Medical and sanitary report of the native army of Bengal for the year
Year: 1874
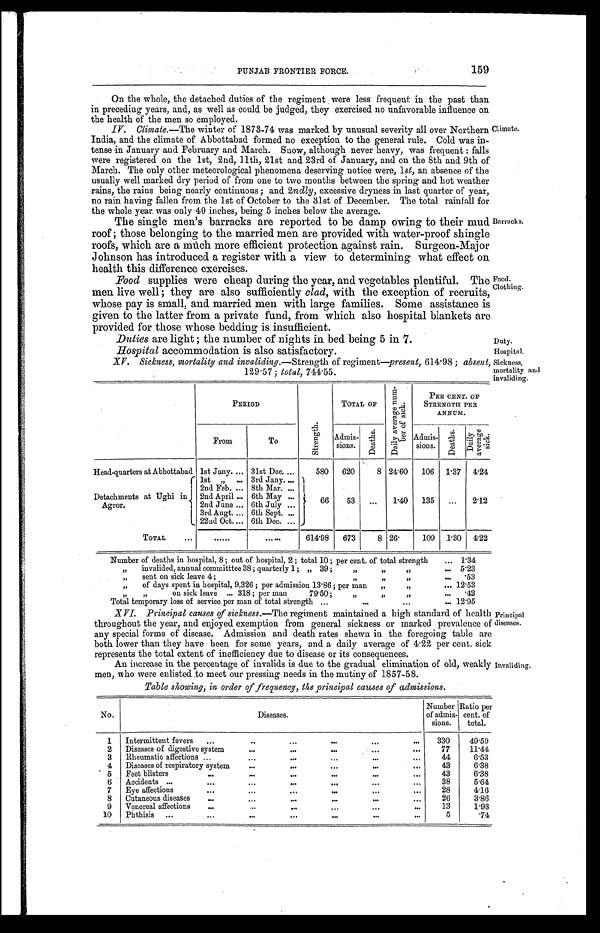
PUNJAB FRONTIER FORCE.
159
On the whole, the detached duties of the regiment were less frequent in the past than
in preceding years, and, as well as could be judged, they exercised no unfavorable influence on
the health of the men so employed.
IV. Climate. —The winter of 1873-74 was marked by unusual severity all over Northern
India, and the climate of Abbottabad formed no exception to the general rule. Cold was in
- t e n s e i n J a n u a r y a n d F e b r u a r y a n d M a r c h . S n o w , a l t h o u g h n e v e r h e a v y , w a s f r e q u e n t : f a l l s
were registered on the 1st, 2nd, 11th, 21st and 23rd of January, and on the 8th and 9th of
March. The only other meteorological phenomena deserving notice were, 1 st, an absence of the
usually well marked dry period of from one to two months between the spring and hot weather
rains, the rains being nearly continuous; and 2 ndly, excessive dryness in last quarter of year,
no rain having fallen from the 1st of October to the 31st of December. The total rainfall for
the whole year was only 40 inches, being 5 inches below the average.
The single men's barracks are reported to be damp owing to their mud
roof; those belonging to the married men are provided with water-proof shingle
roofs, which are a much more efficient protection against rain. Surgeon-Major
Johnson has introduced a register with a view to determining what effect on
health this difference exercises.
Food supplies were cheap during the year, and vegetables plentiful. The
men live well; they are also sufficiently clad, with the exception of recruits,
whose pay is small, and married men with large families. Some assistance
i s g i v e n t o t h e l a t t e r f r o m a p r i v a t e f u n d , f r o m w h i c h a l s o h o s p i t a l b l a n k e t s a r e
provided for those whose bedding is insufficient.
Duties are light; the number of nights in bed being 5 in 7.
Hospital accommodation is also satisfactory.
XV. Sickness, mortality and invaliding. —Strength of regiment—present, 614.98; absent,
129.57; total, 744.55.
Climate.
Barracks.
Food.
Clothing.
Duty.
Hospital.
Sickness,
mortality and
invaliding.
Invaliding.
PERIOD
S t r e n g t h .
TOTAL OF
D a i l y a v e r a g e n u m -
b e r o f s i c k .
PER CENT. OF
STRENGTH PER
ANNUM.
From
To
Admis-
sions.
Deat hs.
Admis-
sions.
Deat hs. Daily average sick.
H e a d - q u a r t e r s a t A b b o t t a b a d
1st Jany.
31st Dec.
580 620
8 24. 60
106 1.37 4.24
Detachments at Ughi in
Agror.
1st
„
3rd Jany.
66
53
1.40 135
2.12
2nd Feb.
8th Mar.
2nd April
6th May
2nd June 6th July
3rd Augt.
6th Sept.
22nd Oct.
6th Dec.
TOTAL
614. 98
673
8 26.
109 1.30 4. 22
Number of deaths in hospital, 8; out of hospital, 2; total 10; per cent. of total strength
1.34
„ invalided, annual committee 38; quarterly 1; „ 39;
„ „ „
5.23
„ sent on sick leave 4
; „ „ „
.53
„ of days spent in hospital, 9,326; per admission 13.86; per man
„ „
12.53
„ „on sick leave 318; per man 79.50;
„ „ „
. 4 2
Total temporary loss of service per man of total strength
12. 95
XVI. Principal causes of sickness.—The regiment maintained a high standard of health
throughout the year, and enjoyed exemption from general sickness or marked prevalence of
any special forms of disease. Admission and death rates shewn in the foregoing table are
both lower than they have been for some years, and a daily average of 4.22 per cent. sick
represents the total extent of inefficiency due to disease or its consequences.
An increase in the percentage of invalids is due to the gradual elimination of old, weakly
men, who were enlisted to meet our pressing needs in the mutiny of 1857-58.
P r i n c i p a l d i s e a s e s .
Table showing, in order of frequency, the principal causes of admissions.
No.
Diseases.
Number
of admis-
sions.
Ratio per
cent. of
total.
1 Intermittent fevers
3 3 0
49.59
2 Diseases of digestive system
77
11.44
3 Rheumatic affections
44
6.53
4 Diseases of respiratory system
43
6.38
5 Feet blisters
43
6.38
6 Accidents
38
5.64
7 Eye affections
28
4. 16
8 Cutaneous diseases
26
3.86
9 Venereal affections
13
1.93
10 Phthisis
5
.74